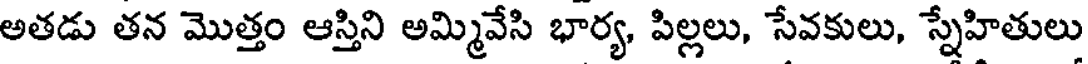
అతడు తన మొత్తం ఆస్తిని అమ్మివేసి భార్య, పిల్లలు, సేవకులు, స్నేహితులు